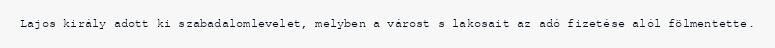
Lajos király adott ki szabadalomlevelet, melyben a várost s lakosait az adó fizetése alól fölmentette.